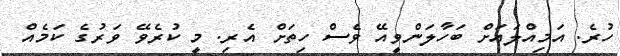
ހުރެ. އަމިއްލައަށް ބަހާލަންވީއޭ ވެސް ހިތަށް އެރި. މީ ކުރެވޭ ވަރުގެ ކަމެއް